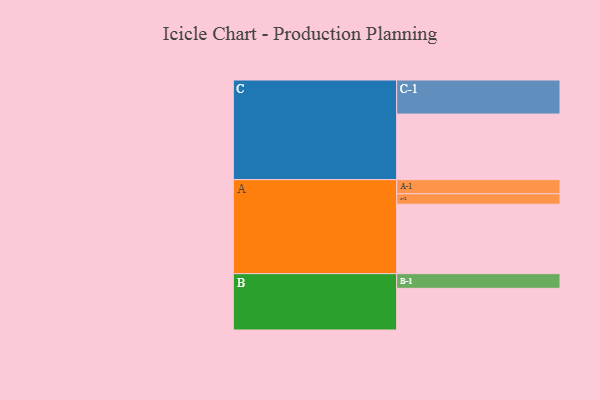
{"axis": {"x": "Segment", "y": "Value"}, "legend": ["", "A", "B", "C"], "data": [{"x": "A", "y": 520, "type": ""}, {"x": "B", "y": 312, "type": ""}, {"x": "C", "y": 491, "type": ""}, {"x": "A-1", "y": 106, "type": "A"}, {"x": "A-2", "y": 78, "type": "A"}, {"x": "B-1", "y": 110, "type": "B"}, {"x": "C-1", "y": 255, "type": "C"}]}